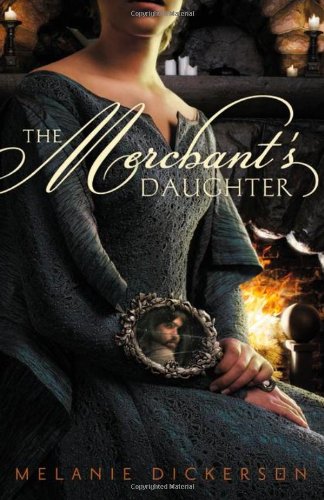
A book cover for The Merchant's Daughter (Fairy Tale Romance Series); Melanie Dickerson; Teen & Young Adult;